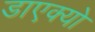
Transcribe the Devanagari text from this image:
डाएक्यो